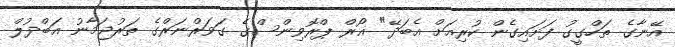
އޭނާގެ ތަހްގީގު ފަށައިގެން ކުރިއަށް އެބަދޭ" ޣޯރް ޕްރޮވިންސްގެ ގަވަރްނަރްގެ ތަރުޖަމާނު އަބްދުލް